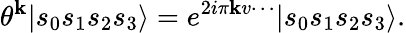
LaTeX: \theta^{\mathbf{k}}|s_{0}s_{1}s_{2}s_{3}\rangle=e^{2i\pi\mathbf{k}v\cdots}|s_{0}s_{1}s_{2}s_{3}\rangle.